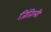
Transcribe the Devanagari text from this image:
जिंतिली